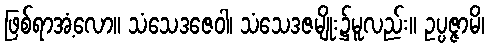
ဖြစ်ရာအံ့လော။ သံသေဒဇေဝါ၊ သံသေဒဇမျိုး၌မူလည်း။ ဥပ္ပဇ္ဇာမိ၊